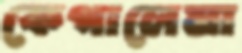
কেগালেমা